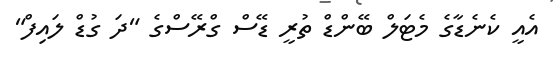
އެއީ ކެނެޑާގެ މެޓަލް ބޭންޑް ތުރީ ޑޭސް ގްރޭސްގެ "ދަ ގުޑް ލައިފް"